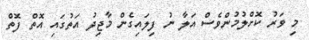
މި ވަރު ކޮށްލުމުންވެސް އަލާ ނު ފިލައިގެން މާޖިދު އަތުގައި އޮތް ފޮތް